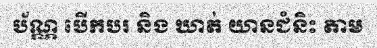
ប័ណ្ណ បើកបរ និង ឃាត់ យានជំនិះ តាម